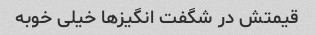
قیمتش در شگفت انگیزها خیلی خوبه